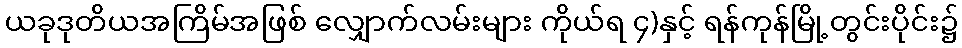
ယခုဒုတိယအကြိမ်အဖြစ် လျှောက်လမ်းများ ကိုယ်ရ ၄)နှင့် ရန်ကုန်မြို့တွင်းပိုင်း၌